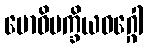
ဗောဓိပက္ခိယဝဂ္ဂေါ